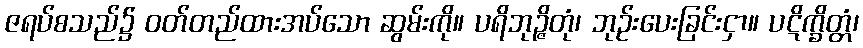
ဇရပ်စသည်၌ ဝတ်တည်ထားအပ်သော ဆွမ်းကို။ ပရိဘုဉ္ဇိတုံ၊ ဘုဉ်းပေးခြင်းငှာ။ ပဋိက္ခိတ္တံ၊